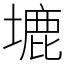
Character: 塶